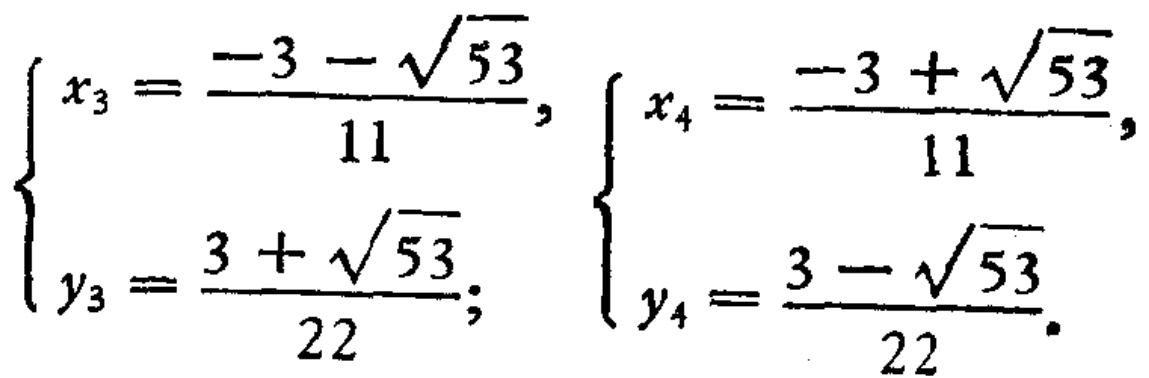
\(\left\{\begin{array}{l}x_{3}=\frac{-3 - \sqrt{53}}{11},\\y_{3}=\frac{3 + \sqrt{53}}{22};\end{array}\right.\left\{\begin{array}{l}x_{4}=\frac{-3 + \sqrt{53}}{11},\\y_{4}=\frac{3 - \sqrt{53}}{22}.\end{array}\right.\)